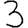
Digit: 3